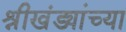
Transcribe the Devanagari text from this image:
श्रीखंड्यांच्या